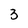
Character: 3